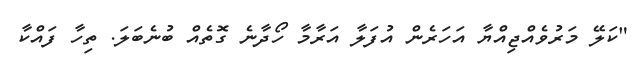
"ކަލޭ މަރުވެއްޖިއްޔާ އަހަރެން އުފަލާ އަރާމާ ހޯދާނެ ގޮތެއް ބުނެބަލަ. ތިހާ ފައްކާ